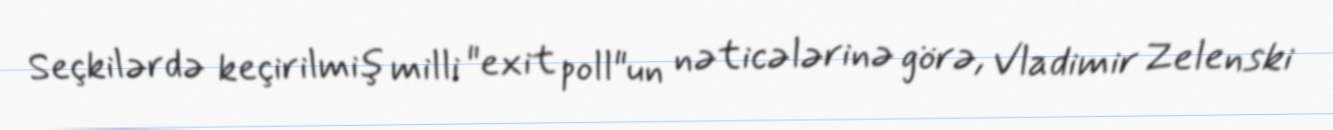
Seçkilərdə keçirilmiş milli "exit poll"un nəticələrinə görə, Vladimir Zelenski